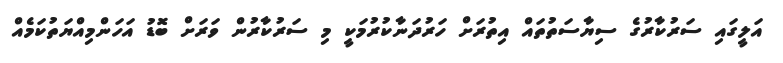
އަލީގައި ސަރުކާރުގެ ސިޔާސަތުތައް އިތުރަށް ހަރުދަނާކުރުމަކީ މި ސަރުކާރުން ވަރަށް ބޮޑު އަހަންމިއްޔަތުކަމެއް